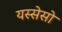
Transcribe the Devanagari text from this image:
यस्सेसो